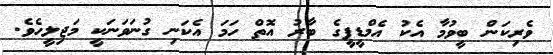
ވެރިކަން ބީވުމާ އެކު އެމްޑީޕީގެ ބާރު އޮތް ހަމަ އެކަނި ގުނަވަނަކީ މަޖިލީހެވެ.